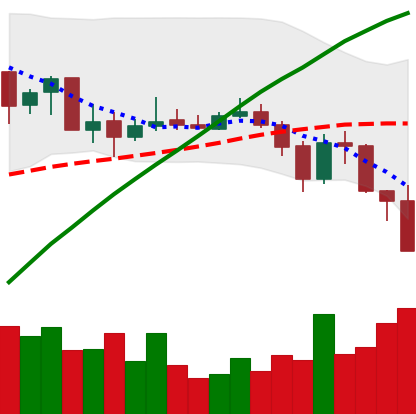
Ticker: BNB-USD
Chart end date: 2019-07-16
Forward return: 19.567%
Label: up_7plus